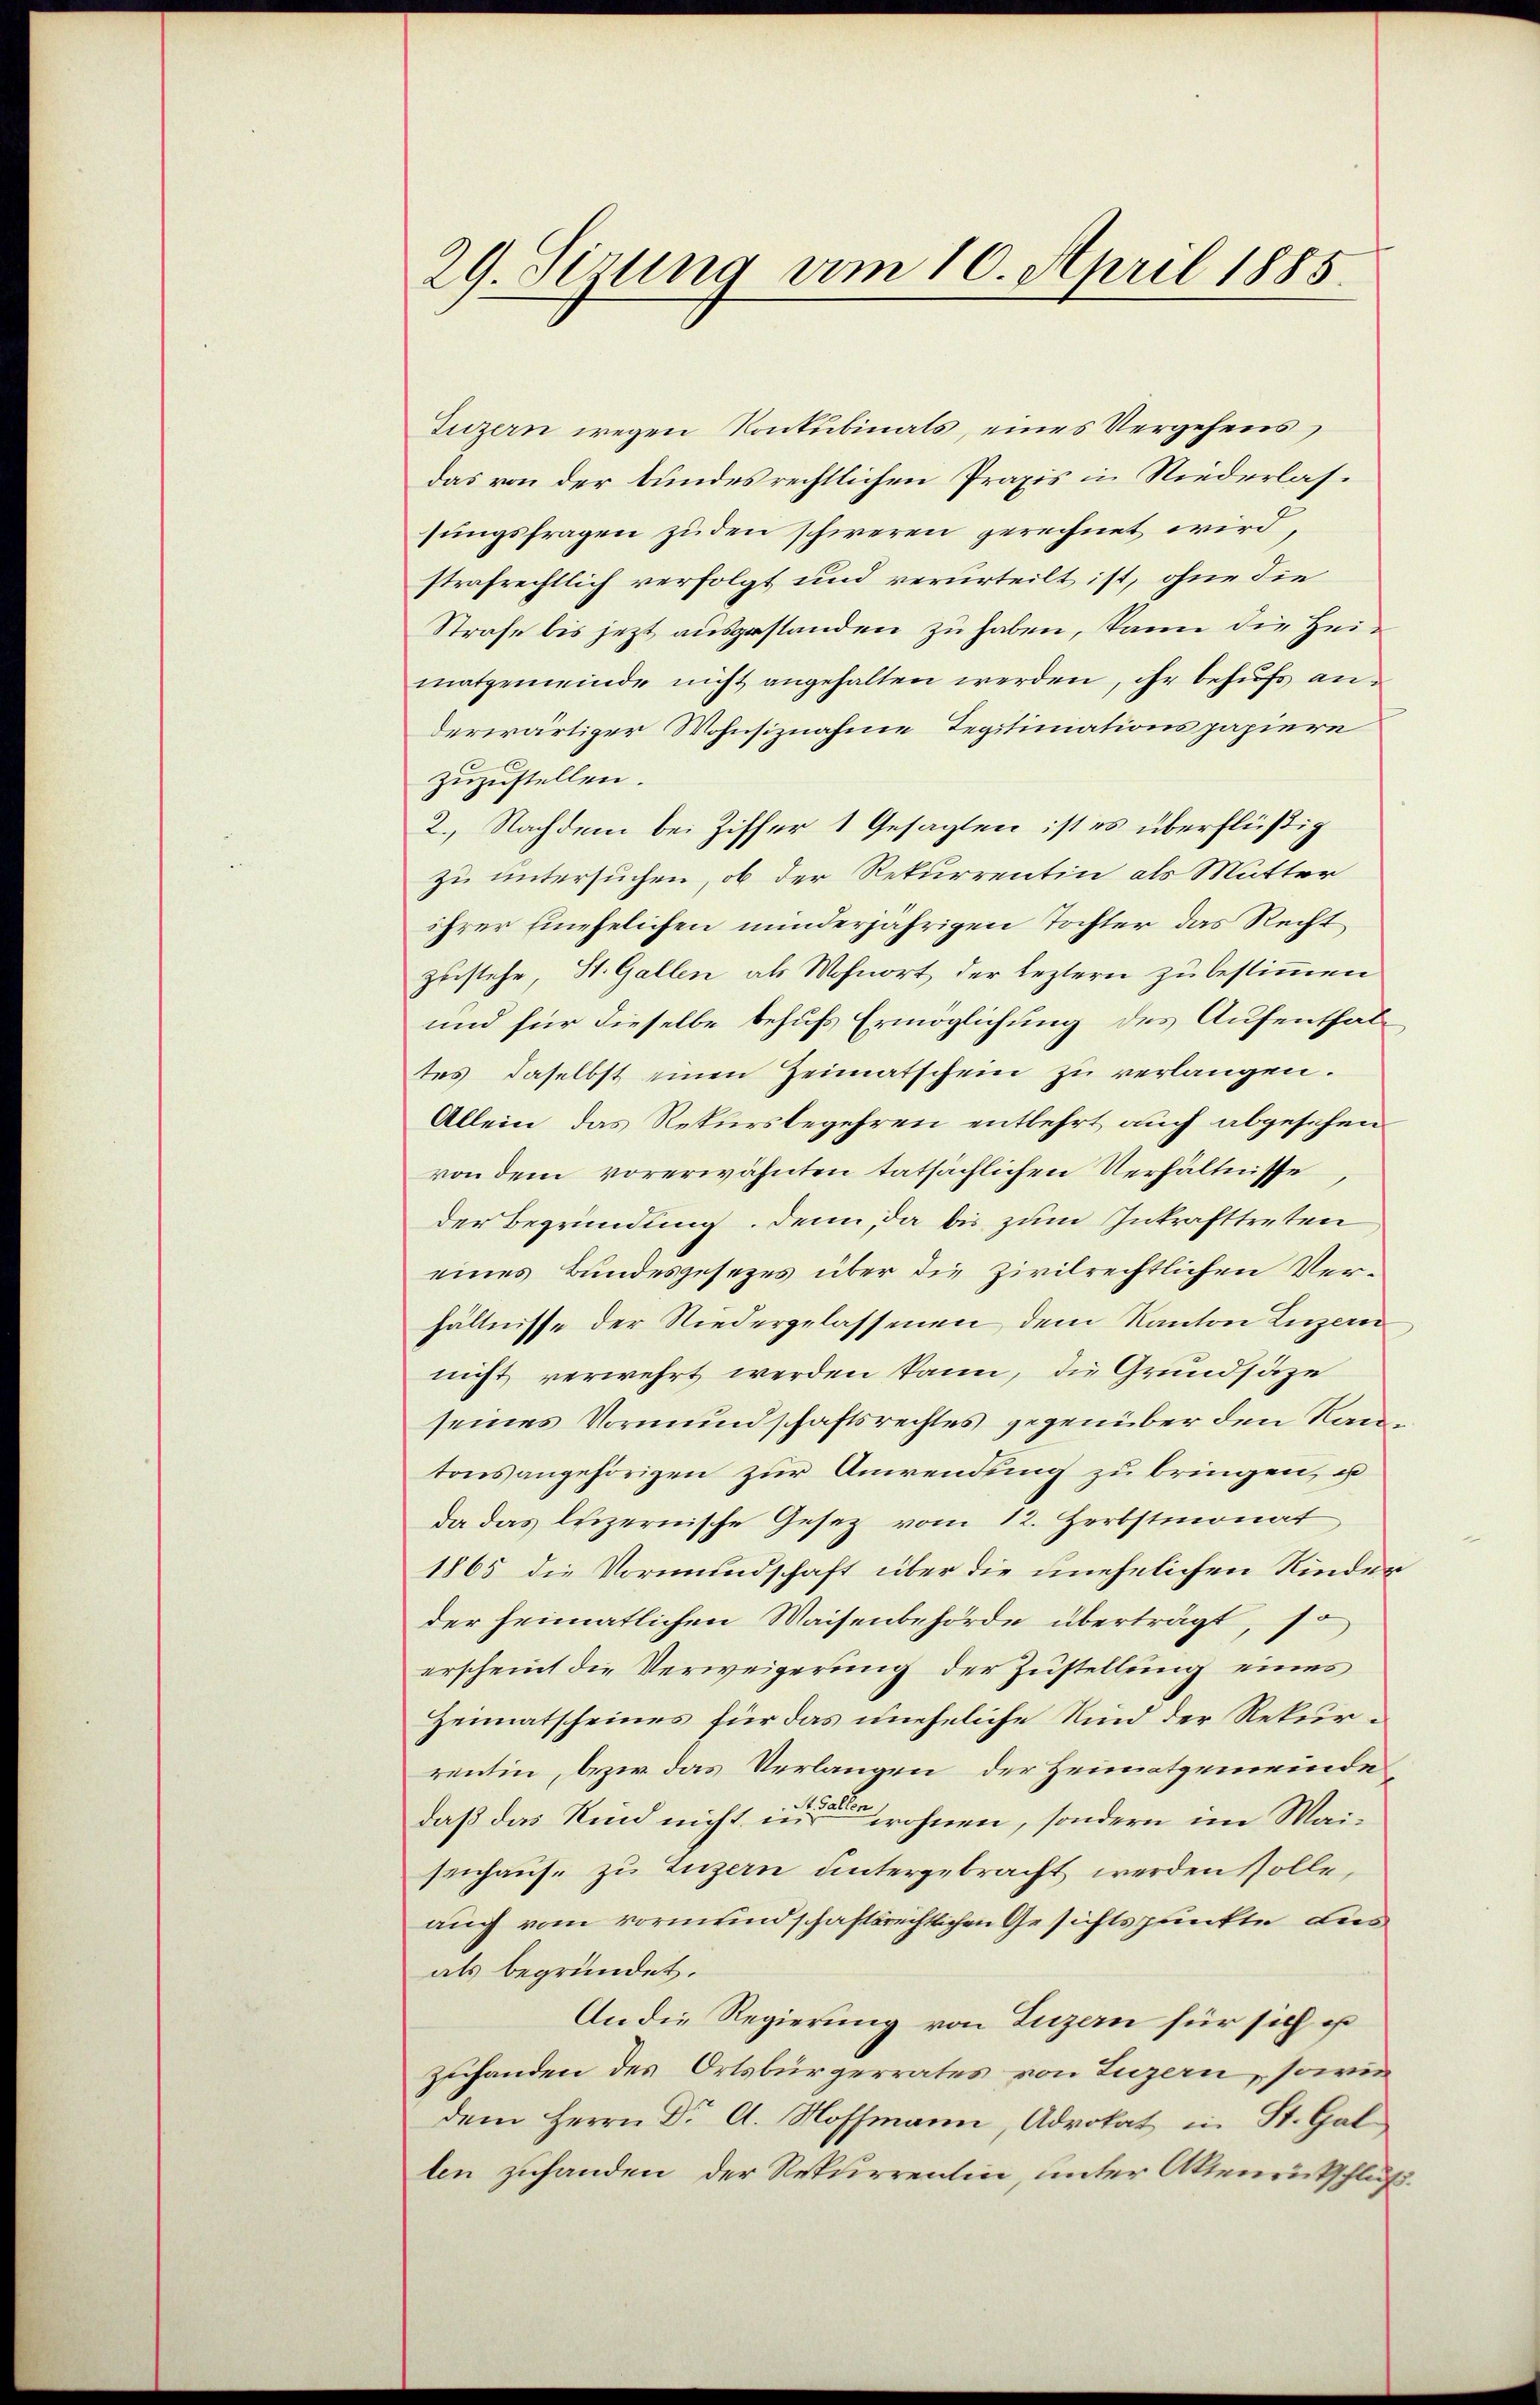
29. Sirung vom 10. April 1885.

Luzern wegen Konkubinats, eines Vergehens
das von der bundesrechtlichen Praxis in Niederlassungsfragen zuden schweren gerechnet wird,
strafrechtlich verfolgt und verurteilt ist, ohne die
Strafe bis jezt ausgestanden zu haben, kann die Heimatgemeinde nicht angehalten werden, ihr behufs anderwärtiger Wohnsiznahme Tegitimationspapiere
zuzustellen.
2. Nachdem bei Ziffer 1 Gesagten ist es überflüßig
zu untersuchen, ob der Rekurrentin als Mutter
ihrer Einehelichen minderjährigen Tochter das Recht
zustehe, St. Gallen als Wohnort der leztern zu bestimmen
und für dieselbe behufs Ermöglichung des Aufenthaltes daselbst einen Heimatschein zu verlangen.
Allein, das Rekursbegehren entlehrt auch abgesehen
von dem vorerwähnten tatsächlichen Verhältnisse
der Begründung, denn, da bis zum Inkrafttreten
eines Bundesgesezes über die Zivilrechtlichen Verhältnisse der Niedergelassenen dem Kanton Luzern
nicht verwehrt werden kann, die Grundsaze
seines Vormundschaftsrechtes gegenüber den Rautonsangehörigen zur Anwendung zu bringen, u
Da das luzernische Gesetz vom 12. Herbstmonat
1865 die Vormundschaft über die unehelichen Kinder
der heimatlichen Waisenbehörde überträgt, so
erscheint die Verweigerung der Zustellung eines
Heimatscheines für das uneheliche Kind der Rekurrentin, bezw. das Verlangen, der Heimatgemeinde
daß das Kind nicht in ohnen, sondern im Maisenhause zu Luzern untergebracht werden solle,
auch vom vormundschaftsrechtlichen Gesichtspunkte aus
als begründet.
An die Regierung von Luzern für sich es
zuhanden des Ortsbürgerrates von Luzern, sowie
dem Herrn Dr A. Hoffmann, Advokat in St. Gal
len zuhanden der Rekurrentin, unter Aktenrückschluß